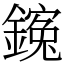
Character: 䥉